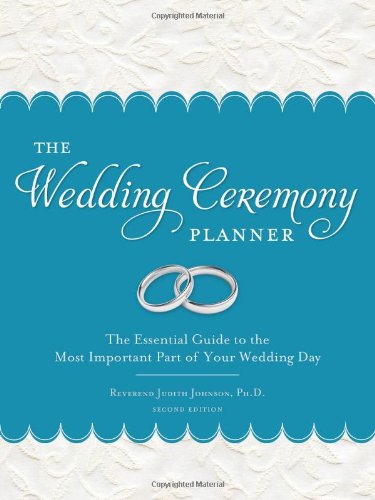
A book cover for The Wedding Ceremony Planner: The Essential Guide to the Most Important Part of Your Wedding Day; Judith Johnson; Crafts, Hobbies & Home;